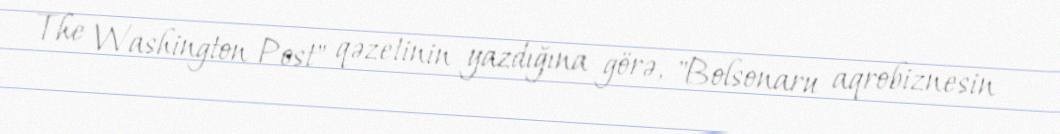
The Washington Post" qəzetinin yazdığına görə, "Bolsonaru aqrobiznesin